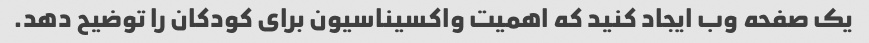
یک صفحه وب ایجاد کنید که اهمیت واکسیناسیون برای کودکان را توضیح دهد.